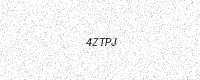
Text: 4ZTPJ